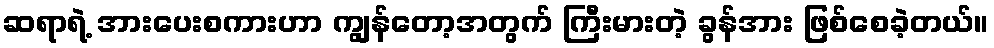
ဆရာရဲ့ အားပေးစကားဟာ ကျွန်တော့အတွက် ကြီးမားတဲ့ ခွန်အား ဖြစ်စေခဲ့တယ်။